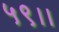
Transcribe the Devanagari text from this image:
५९।।